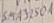
Text: SMA3250A